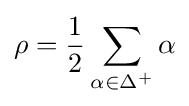
\rho ={\frac {1}{2}}\sum _{\alpha \in \Delta ^{+}}\alpha